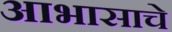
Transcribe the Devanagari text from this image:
आभासाचे